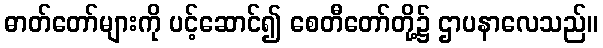
ဓာတ်တော်များကို ပင့်ဆောင်၍ စေတီတော်တို့၌ ဌာပနာလေသည်။